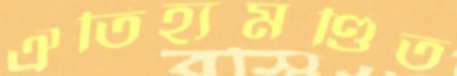
ঐতিহ্যমণ্ডিত